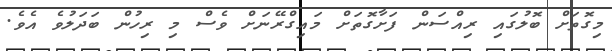
މިގޮތަށް ބޮލުގައި ރިއްސަން ފަށާގޮތަށް މައިގްރޭނަށް ވެސް މި ރިހުން ބަދަލުވެ އެވެ.